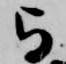
与